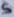
Text: 5